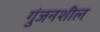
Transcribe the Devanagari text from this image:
गुंजनशील